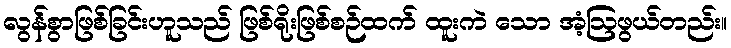
လွန်စွာဖြစ်ခြင်းဟူသည် ဖြစ်ရိုးဖြစ်စဉ်ထက် ထူးကဲ သော အံ့ဩဖွယ်တည်း။